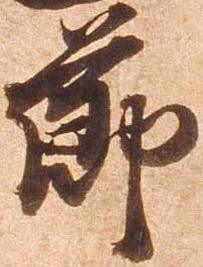
節